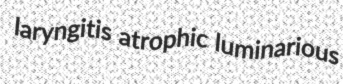
laryngitis atrophic luminarious